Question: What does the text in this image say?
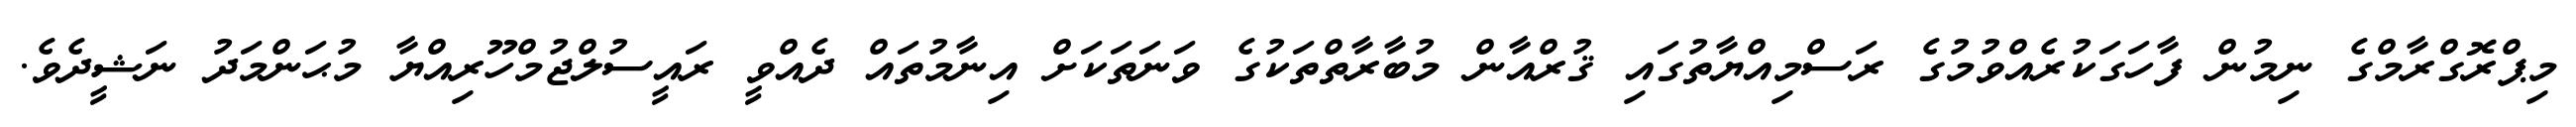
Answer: މިޕްރޮގްރާމްގެ ނިމުން ފާހަގަކުރެއްވުމުގެ ރަސްމިއްޔާތުގައި ޤުރްއާން މުބާރާތްތަކުގެ ވަނަތަކަށް އިނާމުތައް ދެއްވީ ރައީސުލްޖުމްހޫރިއްޔާ މުޙަންމަދު ނަޝީދެވެ.